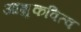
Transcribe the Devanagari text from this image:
आशुकवित्व